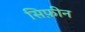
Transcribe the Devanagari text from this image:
सिफ़ीन